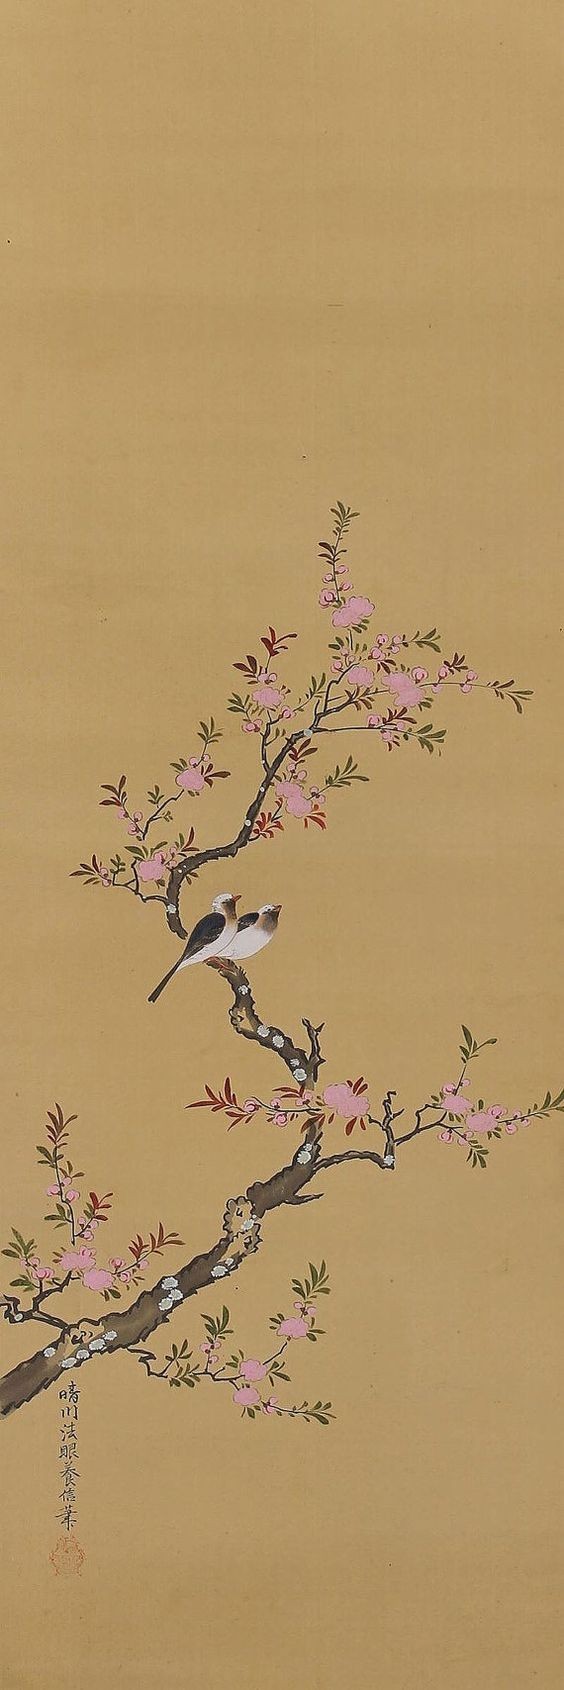
任是春风吹不展。困倚危楼。